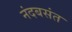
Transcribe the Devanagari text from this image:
नंदबसंत